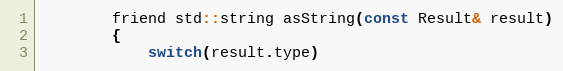
Language: C
		friend std::string asString(const Result& result)
		{
			switch(result.type)